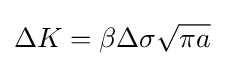
\Delta K=\beta \Delta \sigma {\sqrt {\pi a}}